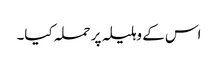
اس کے وہلیلہ پر حملہ کیا۔